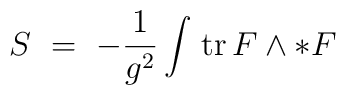
S\ =\ -\frac{1}{g^2} \int\!\;\textrm{tr}\,F\wedge*F